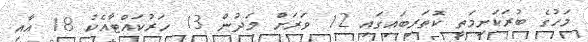
މަހުގެ ބުރަކަށިމަތީ ކޮަތަރިބައިގައި 12 ވަރަށް މަދުން 13 ހަރުކައްޓާއެކު 18 އާއި